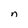
Character: n